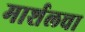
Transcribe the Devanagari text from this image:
मार्शलचा